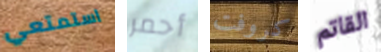
استمتعي أحمر كروفت القاتم